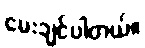
မေးချင်ပါတယ်။